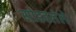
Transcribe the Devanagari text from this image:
सोडवलेले